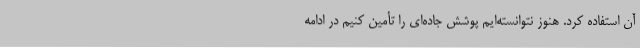
آن استفاده کرد. هنوز نتوانسته‌ایم پوشش جاده‌ای را تأمین کنیم در ادامه